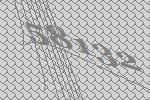
58132